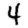
Digit: 4